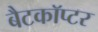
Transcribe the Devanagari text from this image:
बैटकाॅप्टर